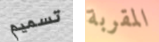
تسميم المقربة